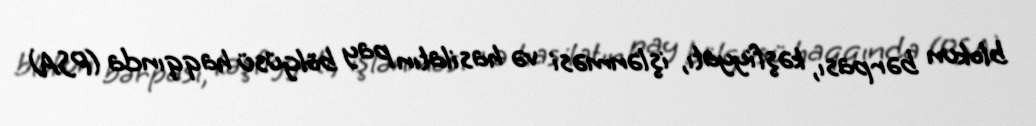
blokun bərpası, kəşfiyyatı, işlənməsi və hasilatın pay bölgüsü haqqında (PSA)